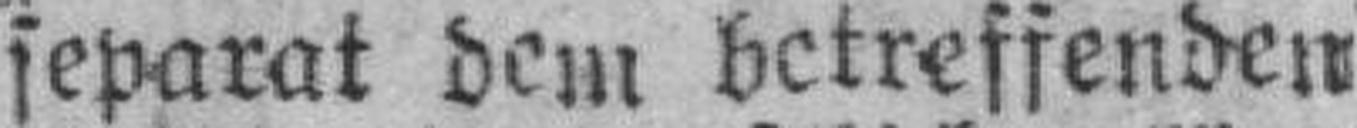
separat dem betreffenden